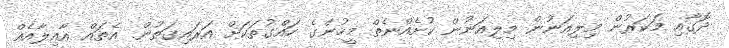
ދޮގާއި މަކަރުން މިލިއަނުން މިލިއަނުން ކުށެއްނެތް މީހުންގެ ހައްގުތަކަށް އަރައިގަތުން. އެތައް އާއިލާއެއް